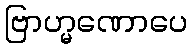
ဗြာဟ္မဏောပေ